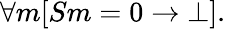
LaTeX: \forall m[Sm=0\rightarrow\bot].